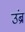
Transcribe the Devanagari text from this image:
उंब्र